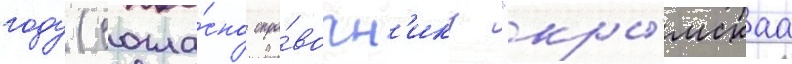
году (согла́сно спра́вочн'ику "кры́мскаа